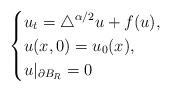
LaTeX: \begin{align*} \ \left\{\begin{aligned}&u_{t}=\triangle^{\alpha/2}u+f(u), \\& u(x,0)=u_{0}(x), \\&u|_{\partial B_{R}}=0\end{aligned}\right.\end{align*}